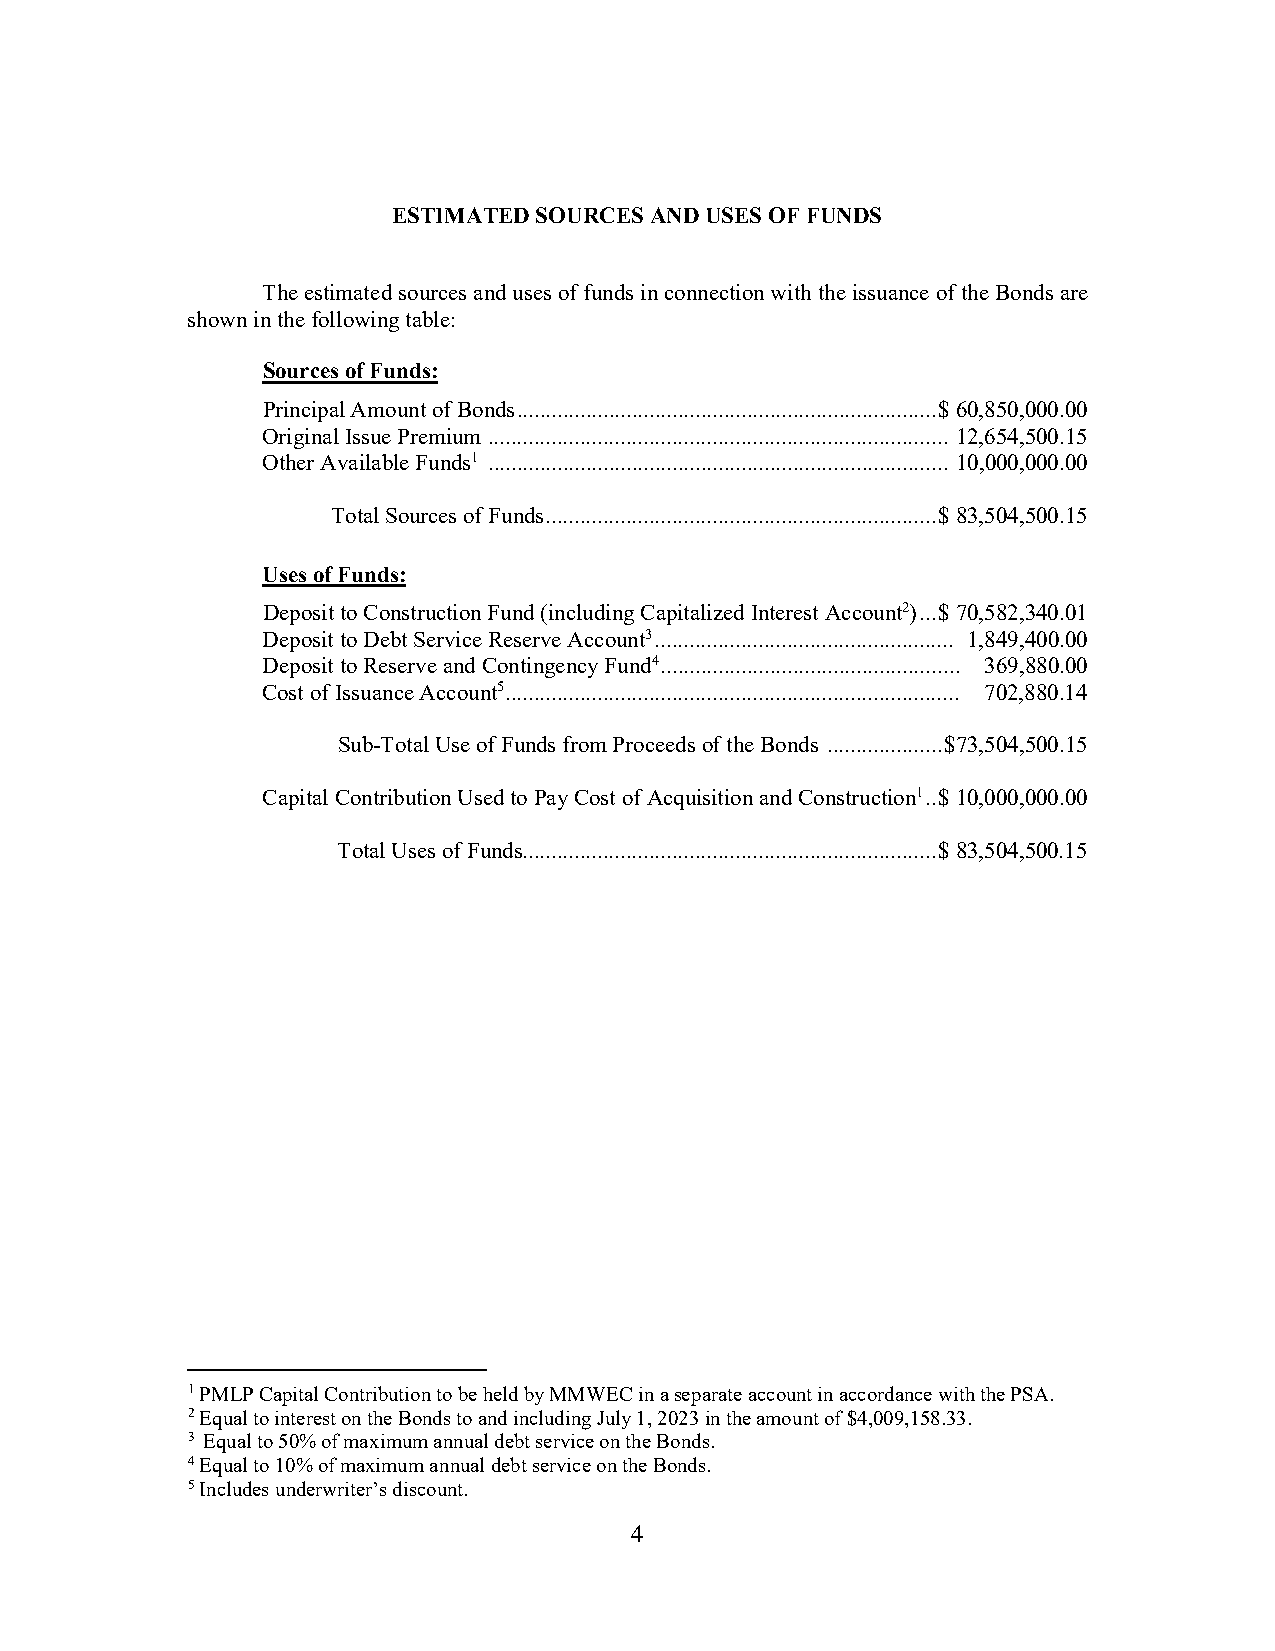
ESTIMATED SOURCES AND USES OF FUNDS
 The estimated sources and uses of funds in connection with the issuance of the Bonds are
 shown in the following table:
 Sources of Funds:
 Principal Amount of Bonds ......................................................................... $ 60,850,000.00
 Original Issue Premium ................................................................................ 12,654,500.15
 Other Available Funds1 ................................................................................ 10,000,000.00
 Total Sources of Funds .................................................................... $ 83,504,500.15
 Uses of Funds:
 Deposit to Construction Fund (including Capitalized Interest Account2) ... $ 70,582,340.01
 Deposit to Debt Service Reserve Account3 .................................................... 1,849,400.00
 Deposit to Reserve and Contingency Fund4 .................................................... 369,880.00
 Cost of Issuance Account5 ............................................................................... 702,880.14
 Sub-Total Use of Funds from Proceeds of the Bonds .................... $73,504,500.15
 Capital Contribution Used to Pay Cost of Acquisition and Construction1 .. $ 10,000,000.00
 Total Uses of Funds ........................................................................ $ 83,504,500.15
 1 PMLP Capital Contribution to be held by MMWEC in a separate account in accordance with the PSA.
 2 Equal to interest on the Bonds to and including July 1, 2023 in the amount of $4,009,158.33.
 3 Equal to 50% of maximum annual debt service on the Bonds.
 4 Equal to 10% of maximum annual debt service on the Bonds.
 5 Includes underwriter’s discount.
 4